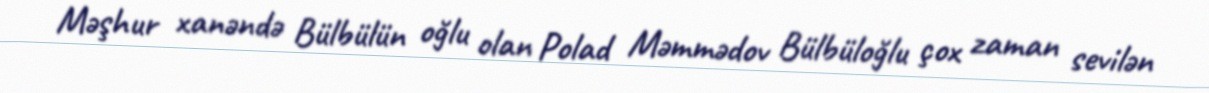
Məşhur xanəndə Bülbülün oğlu olan Polad Məmmədov Bülbüloğlu çox zaman sevilən